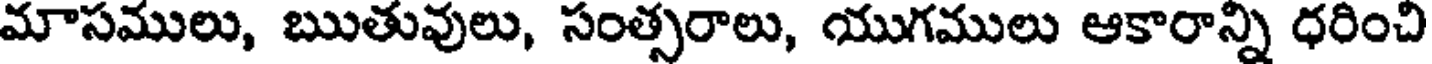
మాసములు, ఋతువులు, సంత్సరాలు, యుగములు ఆకారాన్ని ధరించి